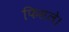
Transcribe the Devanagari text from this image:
फिसले।